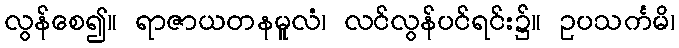
လွန်စေ၍။ ရာဇာယတနမူလံ၊ လင်လွန်ပင်ရင်း၌။ ဥပသင်္ကမိ၊